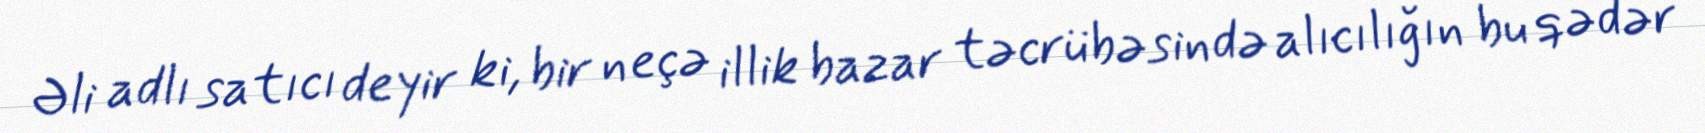
Əli adlı satıcı deyir ki, bir neçə illik bazar təcrübəsində alıcılığın bu qədər